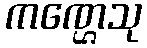
ကဏ္ဌေသု